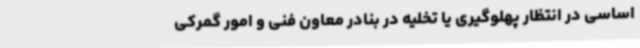
اساسی در انتظار پهلوگیری یا تخلیه در بنادر معاون فنی و امور گمرکی